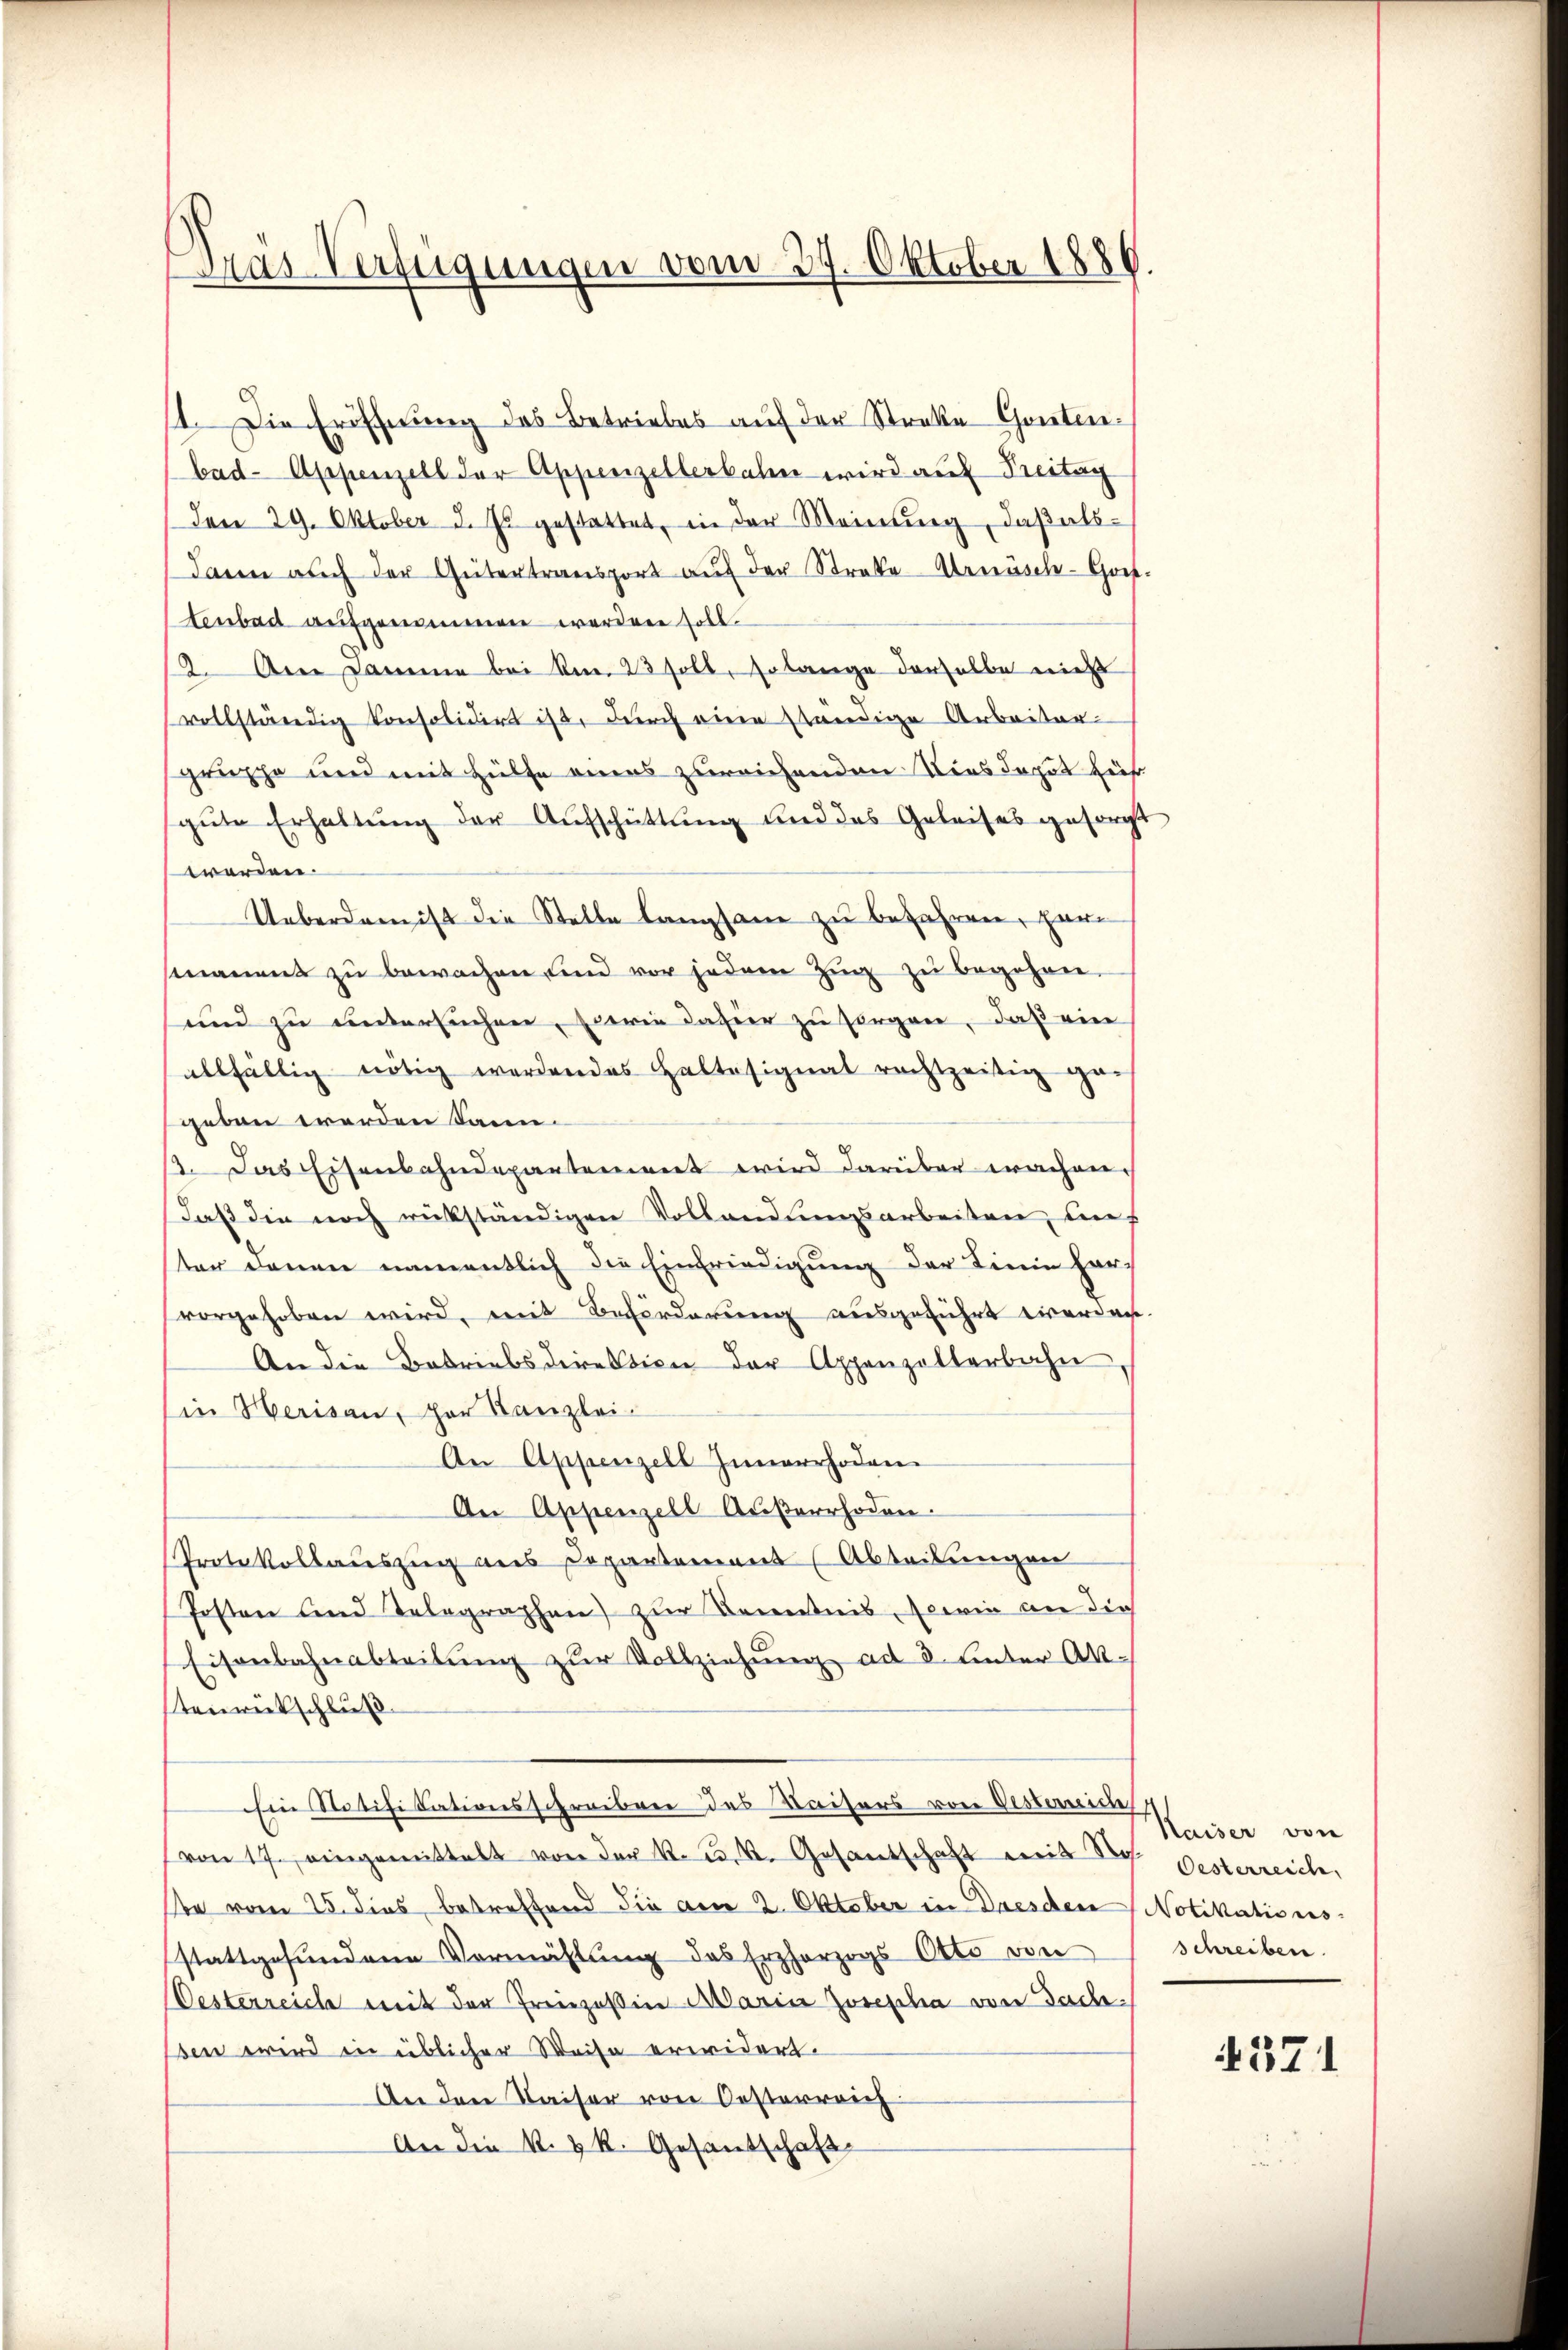
Pras Verfügungen vom 29. Oktober 1886.

1. Die Eröffnung des Betriebes auf der Streke Gontenbad- Appenzell der Appenzellerbalen wird auf Treitag
Den 29. Oktober d. Js. gestattet, in der Meinŭng, daβ als-
dann auch der Gütertransport aŭf der Strafe Arnäsch-Goit
tenbad aufgenommen werden soll.
2. An Damme bei kn. 23 soll, so lange derselbe nicht
vollständig konsolidirt ist, durch eine ständige Arbeiter
gruppe und mit Hülfe eines zureichenden Niesdaput zieh
sgute Erhaltŭng der Aufschüttung und des Geleises gesorgt
worden.
Ueberdam ist die Stelle langsam zu befahren, Hermanens zu bewachen sind vor jedem Zug zu begehren.
und zu untersuchen, sowie dahier zu sorgen, daß ein
allfällig nötig werdendes Haltesignat rechtzeitig ge-
geben werden kann.
2. Das Eisenbahndepartement wird darüber wachen.
daß die noch rückständigen Vollandungsarbeiten, auf
ter denen namentlich die Einfriedigung der Linie har
vorgehoben wird, mit Beförderung ausgeführt werden
An die Betriebsdirektion der Appenzelterbahn
in Herisau, her Kanzlei-
An Appenzell Innerrhoden
An Appenzell Außerrhoden.
Protokollauszug aus Departement (Abteilungen
Posten und Telegraphen zur Kenntnis, sowie an dies
Eisenbahnabteilŭng zur Vollziehung ad 3. unter Ak-
stenrückschluß
Ein Ratifikationsschreiben des Kaisers von Disterneide
von 17. eingemittelt von der k. k. k. Gesantschaft mit der Oesterreiche
te vom 25. dies, betreffend die am 2. Oktober in Dresden Notikations-
stattgefundene Vermählung des Erzherzogs Otto von
Oesterreiche mit der Freinzeßin Maria Josepha von Gachsen wird in üblicher Weise erwidert.
An den Kaiser von Oesterreich
An die k. k. Gesantschaft

Kaiser von
schreiben.

4571